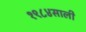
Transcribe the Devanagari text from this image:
१९८४साली